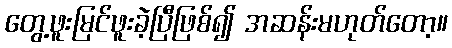
တွေ့ဖူးမြင်ဖူးခဲ့ပြီဖြစ်၍ အဆန်းမဟုတ်တော့။